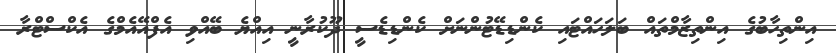
އިންތިހާބުގެ އިންތިޒާމްތައް ބަލަހައްޓައި ކެންޑިޑޭޓުންނަށް ކެންޑިޑެސީ ދޫކުރާނީ އިއްޔެ ބޭއްވި އެފްއޭއެމްގެ އެކްސްޓްރާ